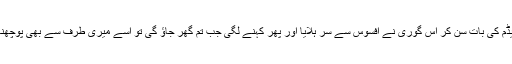
میڈم کی بات سن کر اس گوری نے افسوس سے سر ہلایا اور پھر کہنے لگی جب تم گھر جاؤ گی تو اسے میری طرف سے بھی پوچھنا ۔